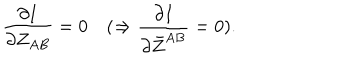
{ \frac { \partial I } { \partial Z _ { A B } } } = 0 \quad ( \Rightarrow { \frac { \partial I } { \partial \bar { Z } ^ { A B } } } = 0 ) .